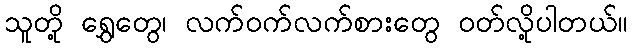
သူတို့ ရွှေတွေ၊ လက်ဝက်လက်စားတွေ ဝတ်လို့ပါတယ်။